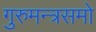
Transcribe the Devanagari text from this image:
गुरुमन्त्रसमो